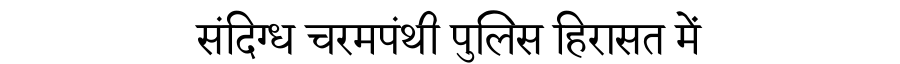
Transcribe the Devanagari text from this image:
संदिग्ध चरमपंथी पुलिस हिरासत में